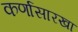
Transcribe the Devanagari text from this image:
कर्णासारखा